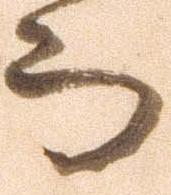
而